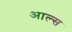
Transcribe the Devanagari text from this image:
आल्स